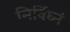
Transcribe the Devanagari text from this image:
निर्विघ्नं